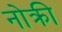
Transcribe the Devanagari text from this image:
नोक्री